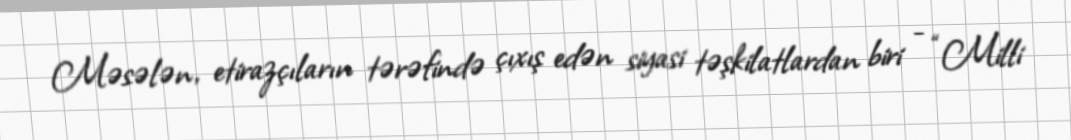
Məsələn, etirazçıların tərəfində çıxış edən siyasi təşkilatlardan biri - “Milli